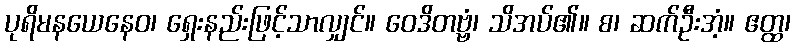
ပုရိမနယေနေဝ၊ ရှေးနည်းဖြင့်သာလျှင်။ ဝေဒိတဗ္ဗံ၊ သိအပ်၏။ စ၊ ဆက်ဦးအံ့။ ဧတ္ထ၊